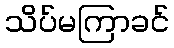
သိပ်မကြာခင်